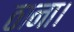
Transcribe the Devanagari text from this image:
ठाना।